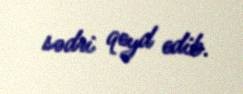
sədri qeyd edib.